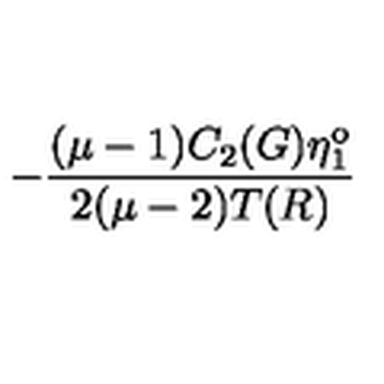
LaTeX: - \frac { ( \mu - 1 ) C _ { 2 } ( G ) \eta _ { 1 } ^ { \mathrm { o } } } { 2 ( \mu - 2 ) T ( R ) }